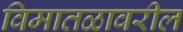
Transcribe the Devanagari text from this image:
विमातळावरील